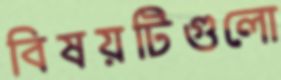
বিষয়টিগুলো